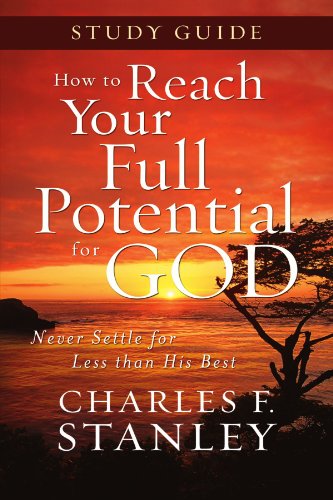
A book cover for How to Reach Your Full Potential for God Study Guide; Charles Stanley; Christian Books & Bibles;